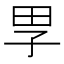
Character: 𡥔